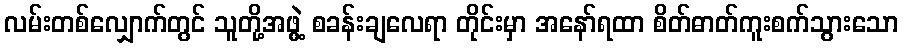
လမ်းတစ်လျှောက်တွင် သူတို့အဖွဲ့ စခန်းချလေရာ တိုင်းမှာ အနော်ရထာ စိတ်ဓာတ်ကူးစက်သွားသော